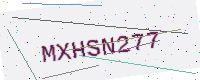
Text: MXHSN277